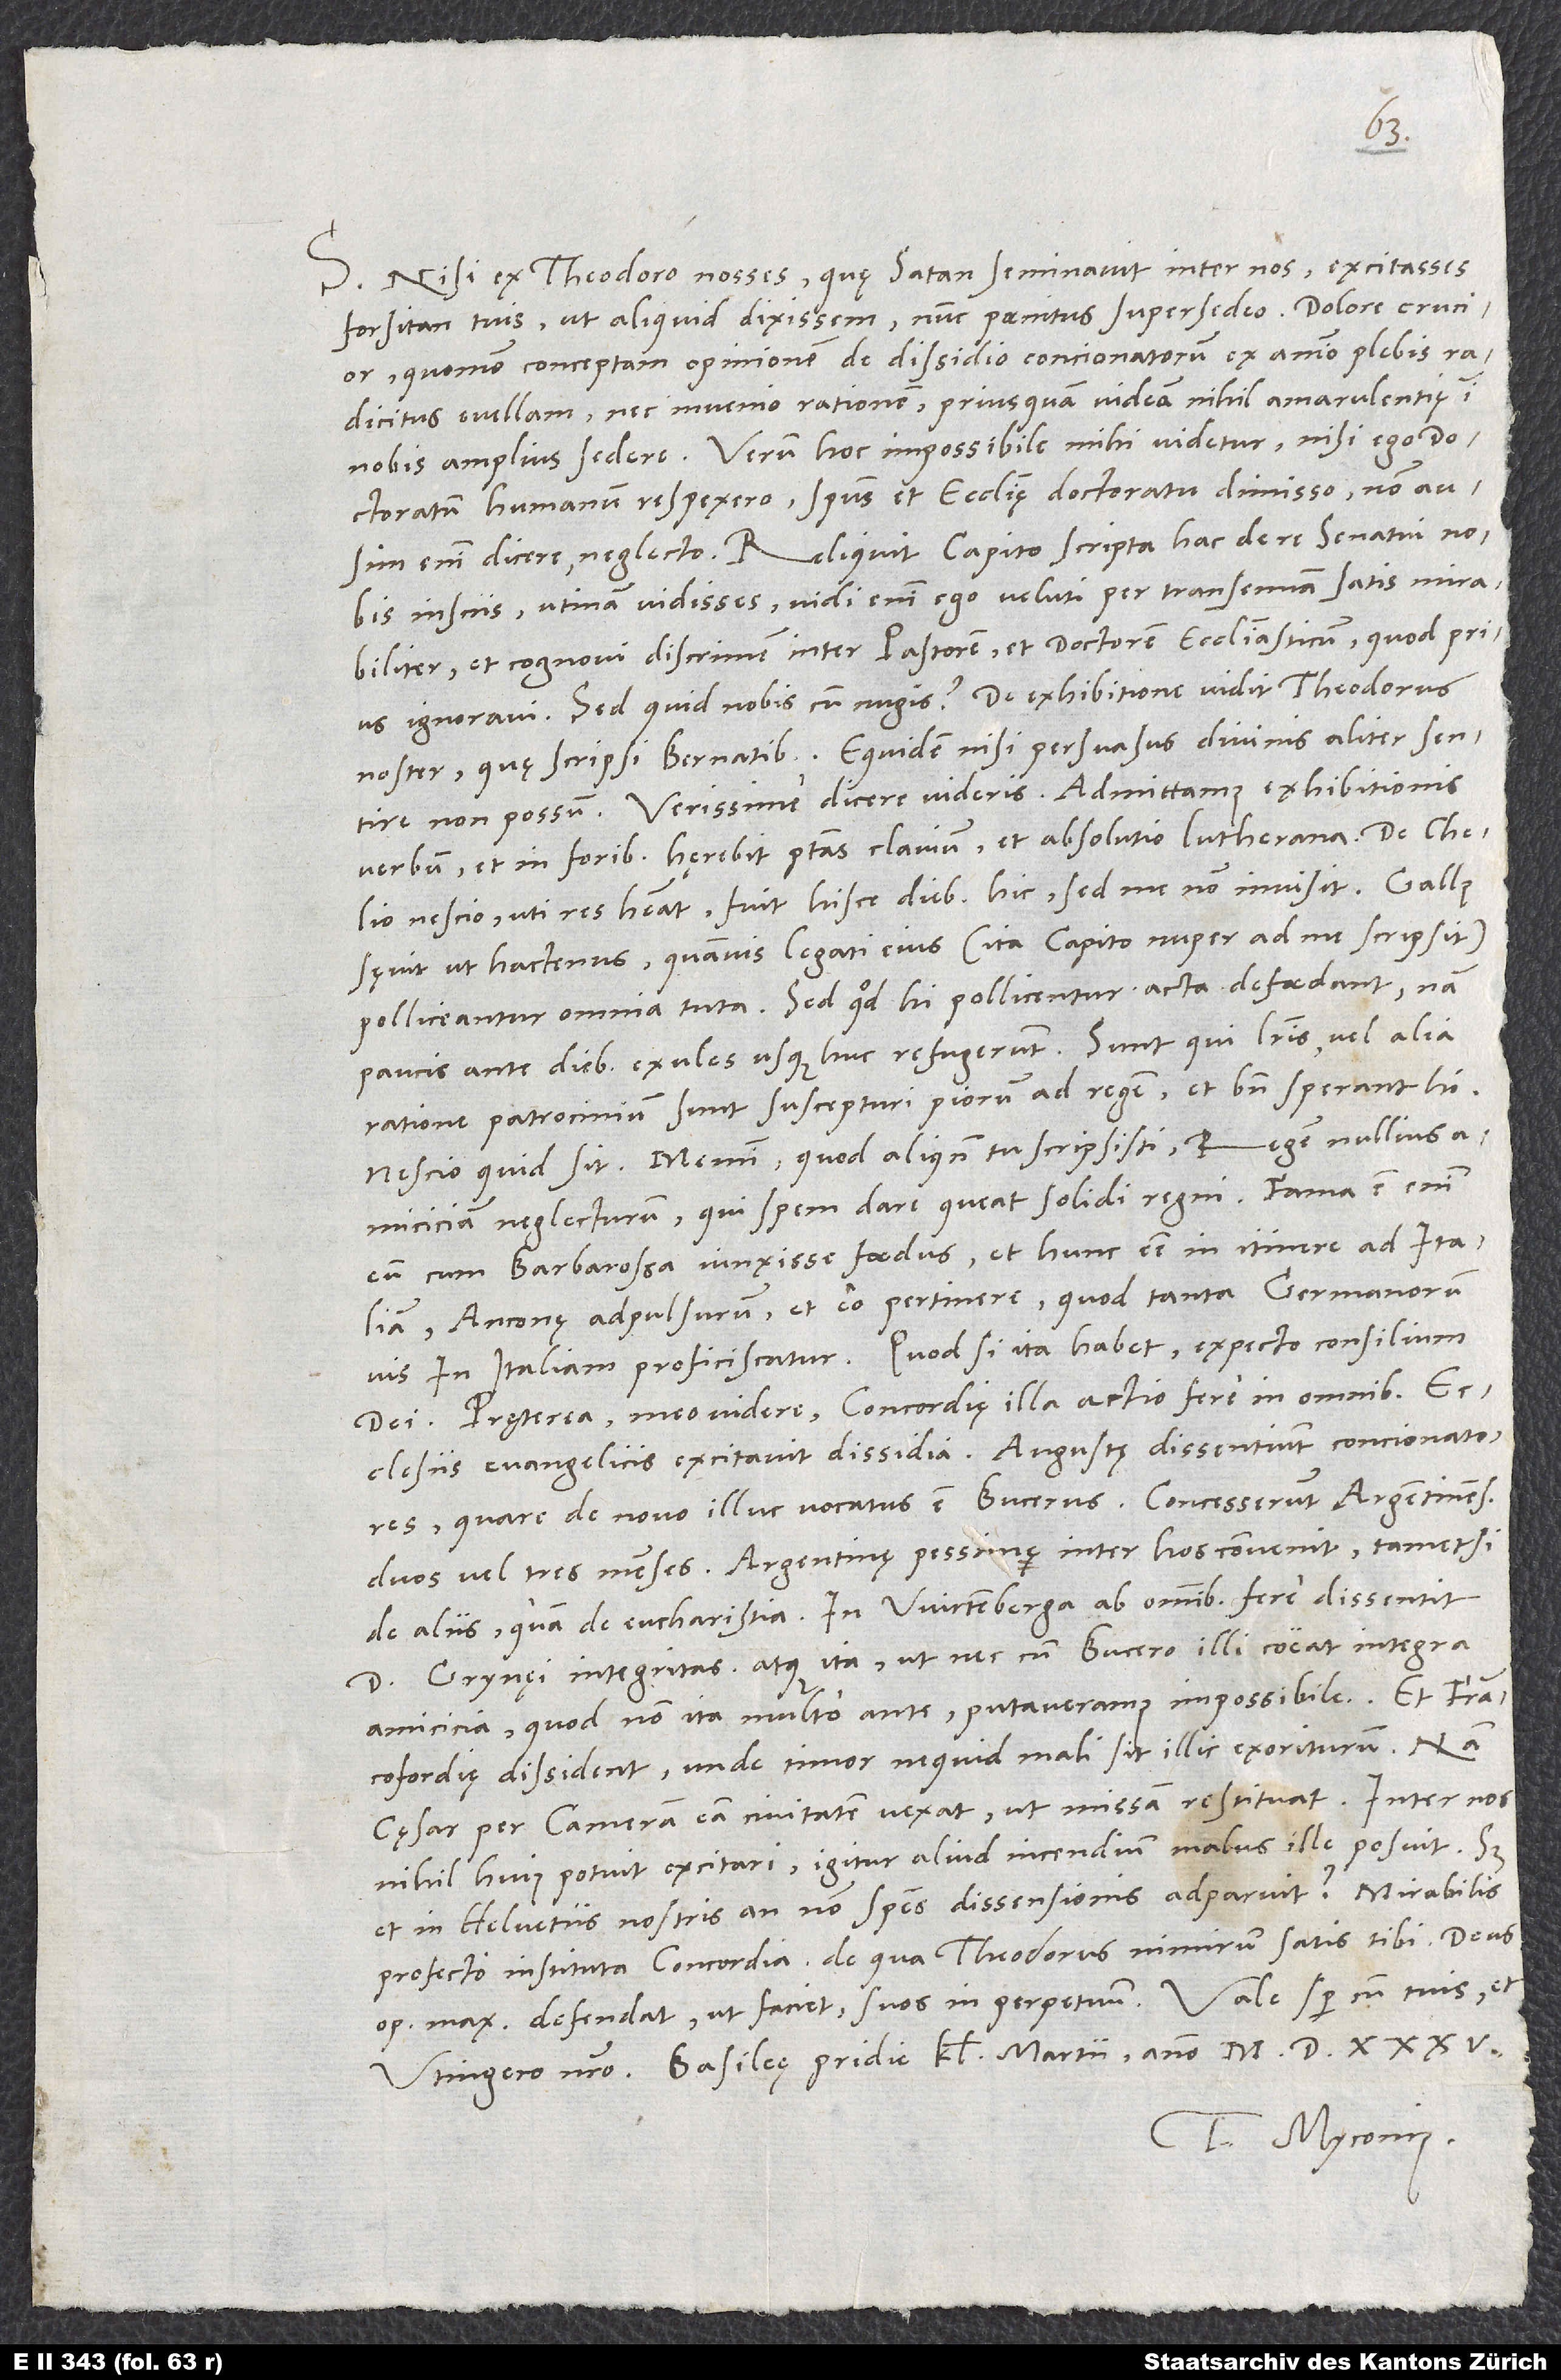
S. Nisi ex Theodoro nosses, quę satan seminavit inter nos, excitasses
forsitan tuis ut aliquid dixissem; nunc paenitus supersedeo. Dolore crucior,
quomodo conceptam opinionem de dissidio concionatorum ex animo plebis
radicitus evellam, nec invenio rationem, priusquam videam nihil amarulentię in
nobis amplius sedere. Verum hoc impossibile mihi videtur, nisi ego doctoratum
humanum respexero spiritus et ecclesię doctoratu dimisso - non ausim
enim dicere neglecto. Reliquit Capito scripta hac de re senatui nobis
insciis. Utinam vidisses! Vidi enim ego veluti per transennam satis mirabiliter
et cognovi discrimen inter pastorem et doctorem ecclesiasticum, quod prius
noster quę scripsi Bernatibus. Equidem nisi persuasus divinis aliter sentire
non possum. Verissime dicere videris: "Admittamus exhibitionis
verbum, et in foribus hęrebit potestas clavium et absolutio Lutherana".
nescio, uti res habeat. Fuit hisce diebus hic, sed me non invisit.
sęvit ut hactenus, quamvis legati eius (ita Capito nuper ad me scripsit)
polliceantur omnia tuta. Sed quod hi pollicentur, acta defoedant; nam
paucis ante diebus exules usque huc refugerunt. Sunt, qui literis vel alia
ratione patrocinium sunt suscepturi piorum ad regem, et bene sperant hi.
Nescio, quid sit. Memini, quod aliquando tu scripsisti regem nullius
amiciciam neglecturum, qui spem dare queat solidi regni. Fama est enim
eum cum Barbarossa iunxisse foedus et hunc esse in itinere ad Italiam
Anconę adpulsurum et eo pertinere, quod tanta Germanorum
in Italiam proficiscatur. Quod si ita habet, expecto consilium
Pręterea, meo videre, concordię illa actio fere in omnibus
ecclesiis evangelicis excitavit dissidia. Augustę dissentiunt concionatores,
quare de novo illuc vocatus est Bucerus; concesserunt Argentinenses
duos vel tres menses. Argentinę pessime inter hos convenit, tametsi
de aliis quam de eucharistia. In Wirtemberga ab omnibus fere dissentit
d. Grynęi integritas, atque ita, ut nec cum Bucero illi coeat integra
amicicia, quod non ita multo ante putaveramus impossibile. Et Francofordię
dissident, unde timor, ne quid mali sit illic exoriturum; nam
cęsar per cameram eam civitatem vexat, ut missam restituat.
nihil huius potuit excitari; igitur aliud incendium malus ille posuit. Sed
et in Helvetiis nostris an non species dissensionis adparuit? Mirabilis
profecto instituta concordia, de qua Theodorus nimirum satis tibi. Deus
Tuus Myconius.